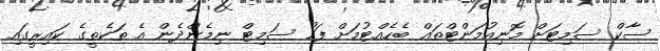
ސާކް ސަމިޓަށް މޮނިއުމަންޓްތައް ބެހެއްޓުމަށް ފަހު ސަމިޓް ނިމެންދެން އެ ތަކެތީގެ ކައިރީގައި